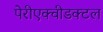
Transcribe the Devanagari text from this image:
पेरीएक्वीडक्टल